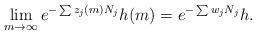
LaTeX: \begin{align*}\lim_{m \to \infty} e^{-\sum z_j(m) N_j} h(m) = e^{-\sum w_j N_j} h.\end{align*}